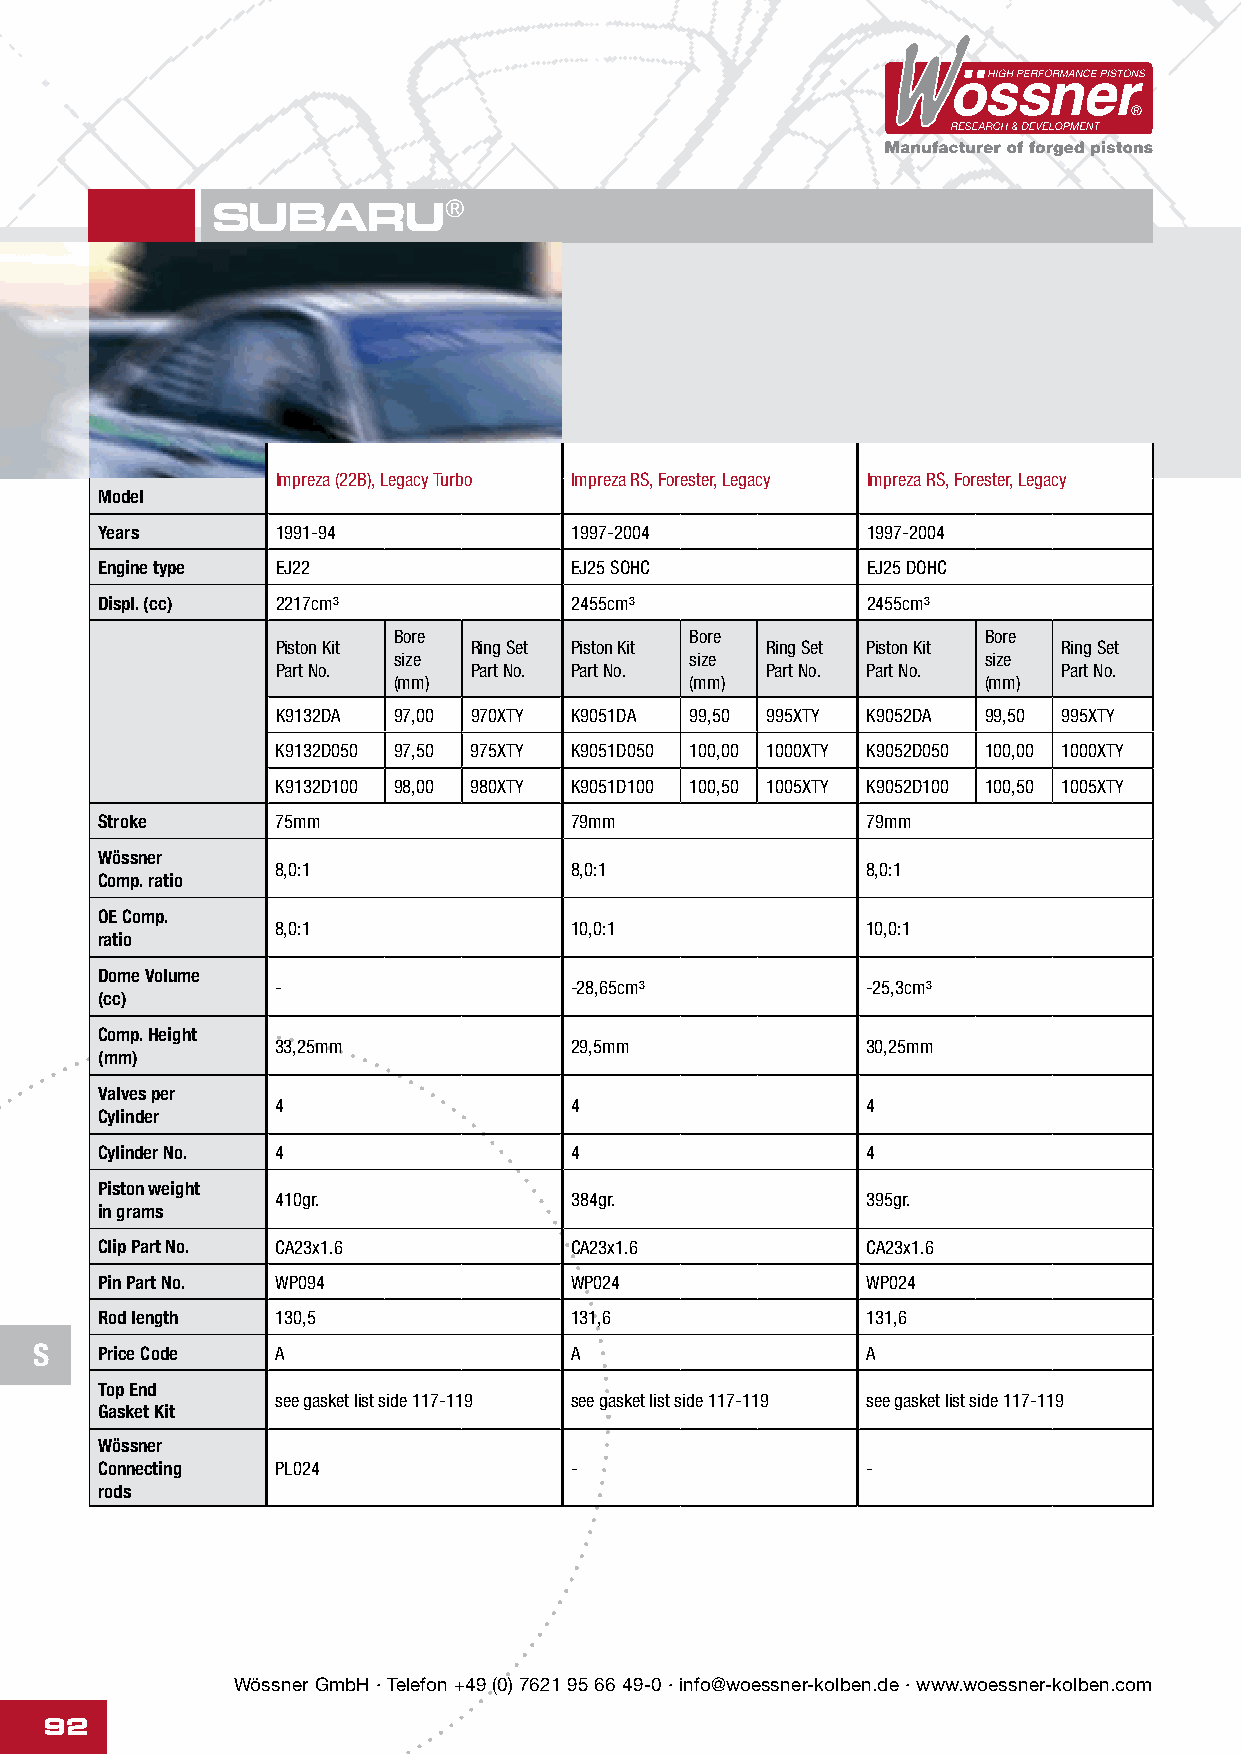
SUBARU®
 Impreza (22B), Legacy Turbo Impreza RS, Forester, Legacy Impreza RS, Forester, Legacy
 Model
 Years      1991-94             1997-2004          1997-2004
 Engine type EJ22               EJ25 SOHC          EJ25 DOHC
 Displ. (cc) 2217cm³            2455cm³            2455cm³
 Bore                Bore               Bore
 Piston Kit   Ring Set Piston Kit Ring Set Piston Kit Ring Set
 size                size               size
 Part No.     Part No. Part No.   Part No. Part No.  Part No.
 (mm)                (mm)               (mm)
 K9132DA 97,00 970XTY K9051DA 99,50 995XTY K9052DA 99,50 995XTY
 K9132D050 97,50 975XTY K9051D050 100,00 1000XTY K9052D050 100,00 1000XTY
 K9132D100 98,00 980XTY K9051D100 100,50 1005XTY K9052D100 100,50 1005XTY
 Stroke      75mm                79mm               79mm
 Wössner
 8,0:1               8,0:1              8,0:1
 Comp. ratio
 OE Comp.
 8,0:1               10,0:1             10,0:1
 ratio
 Dome Volume
 -                   -28,65cm³          -25,3cm³
 (cc)
 Comp. Height
 33,25mm             29,5mm             30,25mm
 (mm)
 Valves per
 4                   4                  4
 Cylinder
 Cylinder No. 4                  4                  4
 Piston weight
 410gr.              384gr.             395gr.
 in grams
 Clip Part No. CA23x1.6          CA23x1.6           CA23x1.6
 Pin Part No. WP094              WP024              WP024
 Rod length  130,5               131,6              131,6
 S   Price Code  A                   A                  A
 Top End
 see gasket list side 117-119 see gasket list side 117-119 see gasket list side 117-119
 Gasket Kit
 Wössner
 Connecting  PL024               -                  -
 rods
 Wössner GmbH · Telefon +49 (0) 7621 95 66 49-0 · info@woessner-kolben.de · www.woessner-kolben.com
 92